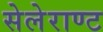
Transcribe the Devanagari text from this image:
सेलेराण्ट